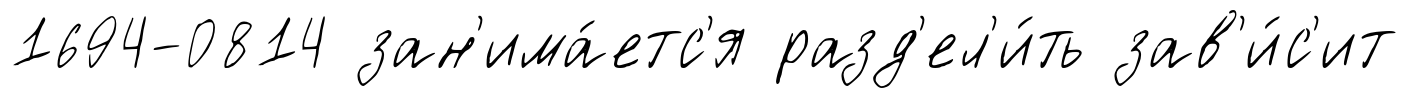
1694-0814 зан'има́етс'я разд'ел'и́ть зав'и́с'ит